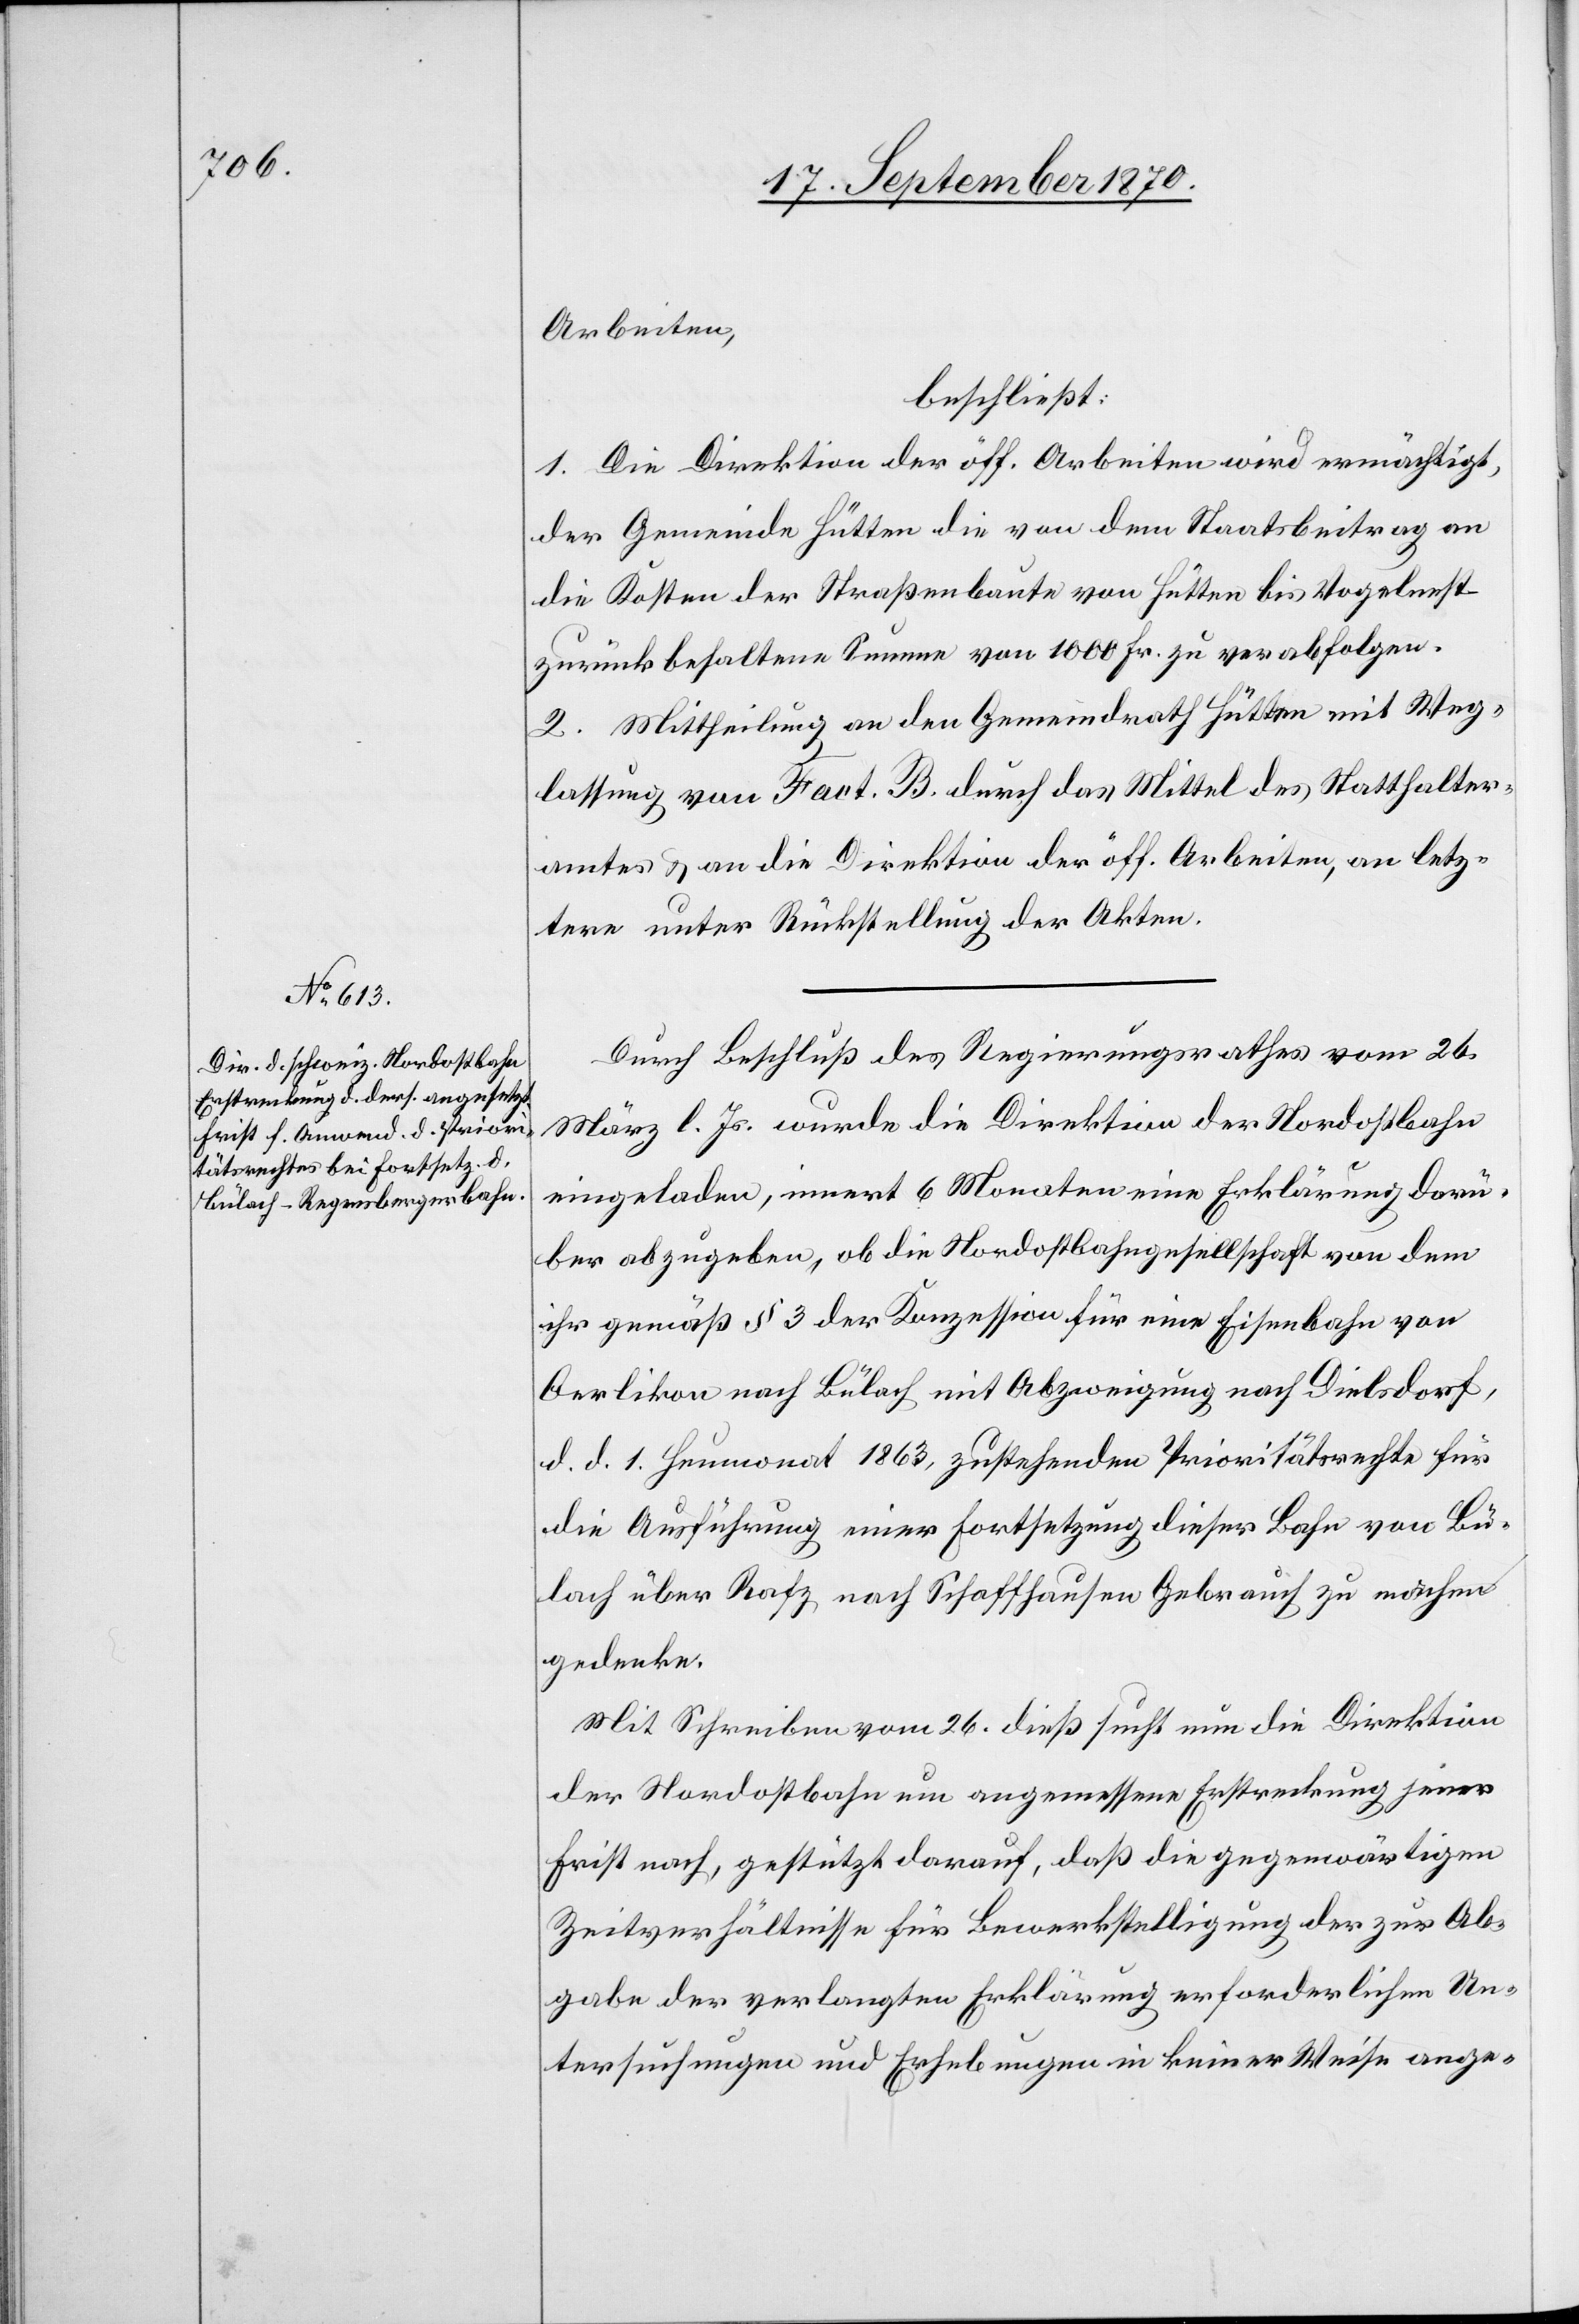
Arbeiten,
beschließt:
1. Die Direktion der öff. Arbeiten wird ermächtigt,
der Gemeinde Hütten die von dem Staatsbeitrag an
die Kosten der Straßenbaute von Hütten bis Vogelnest
zurückbehaltene Summe von 1000 Fr. zu verabfolgen.
2. Mittheilung an den Gemeindrath Hütten mit Weg¬
lassung von Fact. B durch das Mittel des Statthalter¬
amtes & an die Direktion der öff. Arbeiten, an letz¬
tere unter Rückstellung der Akten.
Durch Beschluß des Regierungsrathes vom 26.
März l. Js. wurde die Direktion der Nordostbahn
eingeladen, innert 6 Wochen eine Erklärung darü¬
ber abzugeben „ob die Nordostbahngesellschaft dem
ihr gemäß § 3 der Konzession für eine Eisenbahn von
Oerlikon nach Bülach mit Abzweigung nach Dielsdorf,
d. d. 1. Heumonat 1863, zustehenden Prioritätsrechte für
die Ausführung einer Fortsetzung dieser Bahn von Bü¬
lach über Rafz nach Schaffhausen Gebrauch zu machen
gedenke.
Mit Schreiben vom 26. dieß sucht nun die Direktion
der Nordostbahn um angemessene Erstreckung jener
Frist nach, gestützt darauf, daß die gegenwärtigen
Zeitverhältnisse für Bewerkstelligung der zur Ab¬
gabe der verlangten Erklärung erforderlichen Un¬
tersuchungen und Erhebungen in keiner Weise ange-